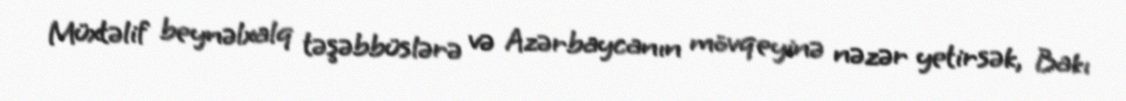
Müxtəlif beynəlxalq təşəbbüslərə və Azərbaycanın mövqeyinə nəzər yetirsək, Bakı